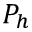
P _ { h }